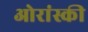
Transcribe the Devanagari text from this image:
ओरांस्की